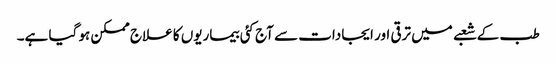
طب کے شعبے میں ترقی اور ایجادات سے آج کئی بیماریوں کا علاج ممکن ہو گیا ہے۔